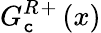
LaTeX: G_{\mathtt{c}}^{R}{}^{+}\left(x\right)